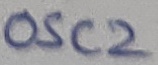
Text: OSC2